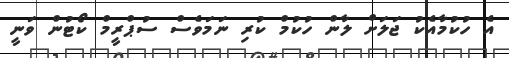
އެ ހުކުމާއެކު ޖަލަށް ލާން ހުކުމް ކުރި ނަމަވެސް ސުޕްރީމް ކޯޓުން ވަނީ